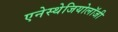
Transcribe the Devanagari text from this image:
एनेस्थेजियोलॉजी